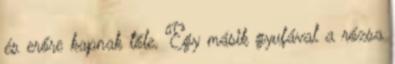
és erőre kapnak tőle. Egy másik gyufával a rózsa